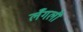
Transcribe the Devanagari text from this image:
लँगली